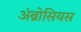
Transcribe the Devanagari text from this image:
अंब्रोसियस